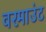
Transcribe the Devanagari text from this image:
वरमाउंट